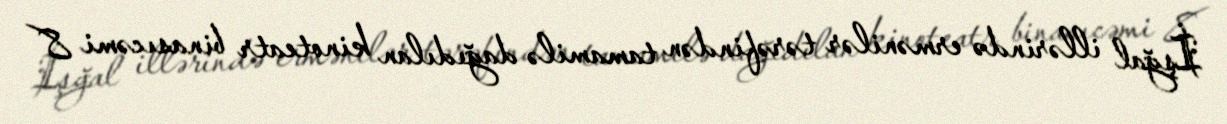
İşğal illərində ermənilər tərəfindən tamamilə dağıdılan kinoteatr binasıcəmi 8